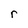
Character: r